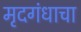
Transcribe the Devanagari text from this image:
मृदगंधाचा